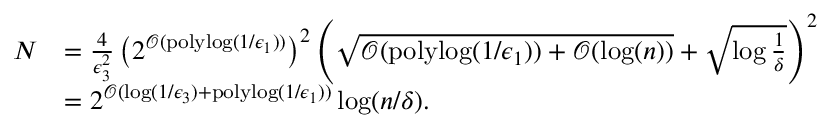
\begin{array} { r l } { N } & { = \frac { 4 } { \epsilon _ { 3 } ^ { 2 } } \left( 2 ^ { \mathcal { O } ( \mathrm { p o l y l o g } ( 1 / \epsilon _ { 1 } ) ) } \right) ^ { 2 } \left( \sqrt { \mathcal { O } ( \mathrm { p o l y l o g } ( 1 / \epsilon _ { 1 } ) ) + \mathcal { O } ( \log ( n ) ) } + \sqrt { \log \frac { 1 } { \delta } } \right) ^ { 2 } } \\ & { = 2 ^ { \mathcal { O } ( \log ( 1 / \epsilon _ { 3 } ) + \mathrm { p o l y l o g } ( 1 / \epsilon _ { 1 } ) ) } \log ( n / \delta ) . } \end{array}